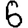
Digit: 6